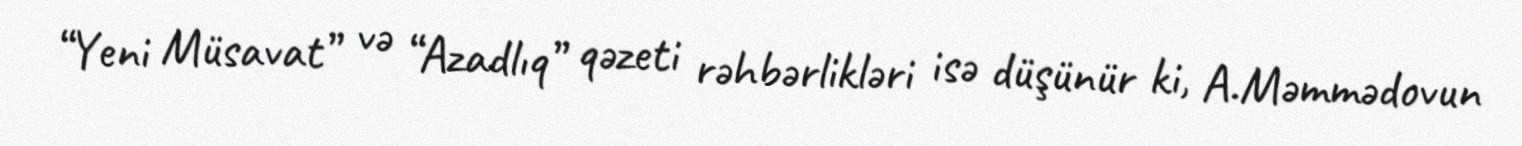
“Yeni Müsavat” və “Azadlıq” qəzeti rəhbərlikləri isə düşünür ki, A.Məmmədovun